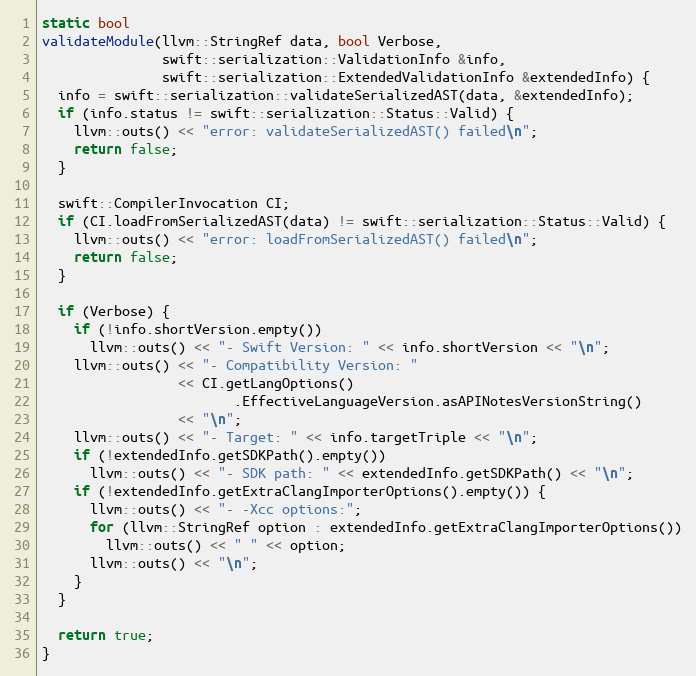
Language: C++
static bool
validateModule(llvm::StringRef data, bool Verbose,
               swift::serialization::ValidationInfo &info,
               swift::serialization::ExtendedValidationInfo &extendedInfo) {
  info = swift::serialization::validateSerializedAST(data, &extendedInfo);
  if (info.status != swift::serialization::Status::Valid) {
    llvm::outs() << "error: validateSerializedAST() failed\n";
    return false;
  }

  swift::CompilerInvocation CI;
  if (CI.loadFromSerializedAST(data) != swift::serialization::Status::Valid) {
    llvm::outs() << "error: loadFromSerializedAST() failed\n";
    return false;
  }

  if (Verbose) {
    if (!info.shortVersion.empty())
      llvm::outs() << "- Swift Version: " << info.shortVersion << "\n";
    llvm::outs() << "- Compatibility Version: "
                 << CI.getLangOptions()
                        .EffectiveLanguageVersion.asAPINotesVersionString()
                 << "\n";
    llvm::outs() << "- Target: " << info.targetTriple << "\n";
    if (!extendedInfo.getSDKPath().empty())
      llvm::outs() << "- SDK path: " << extendedInfo.getSDKPath() << "\n";
    if (!extendedInfo.getExtraClangImporterOptions().empty()) {
      llvm::outs() << "- -Xcc options:";
      for (llvm::StringRef option : extendedInfo.getExtraClangImporterOptions())
        llvm::outs() << " " << option;
      llvm::outs() << "\n";
    }
  }

  return true;
}